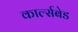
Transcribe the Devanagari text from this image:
कार्ल्सबेड